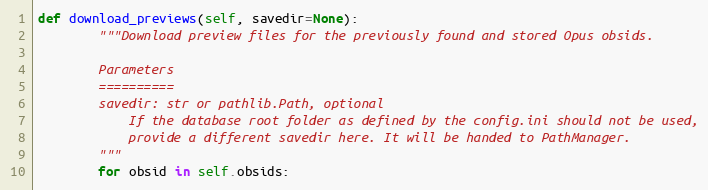
Language: Python
def download_previews(self, savedir=None):
        """Download preview files for the previously found and stored Opus obsids.

        Parameters
        ==========
        savedir: str or pathlib.Path, optional
            If the database root folder as defined by the config.ini should not be used,
            provide a different savedir here. It will be handed to PathManager.
        """
        for obsid in self.obsids: